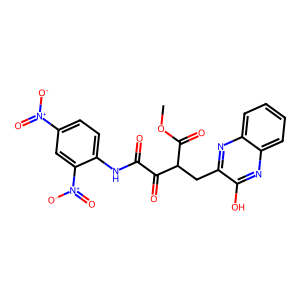
SMILES: COC(=O)C(Cc1nc2ccccc2nc1O)C(=O)C(=O)Nc1ccc([N+](=O)[O-])cc1[N+](=O)[O-]
Inhibits HIV replication: No